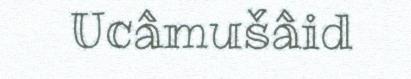
Ucâmušâid